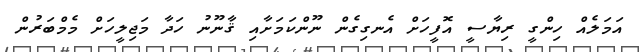
އަމަލެއް ހިންގީ ރިޔާސީ އޮފީހަށް އެނގިގެން ނޫންކަމަށާއި ޤާނޫނު ހަދާ މަޖިލީހަށް މެމްބަރުން